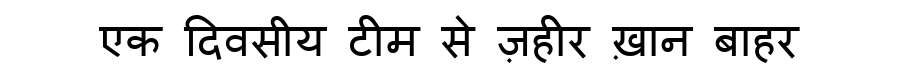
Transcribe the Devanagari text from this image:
एक दिवसीय टीम से ज़हीर ख़ान बाहर